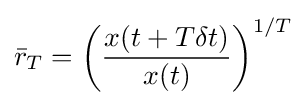
{\bar {r}}_{T}=\left({\frac {x(t+T\delta t)}{x(t)}}\right)^{1/T}